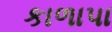
કાળાપા